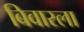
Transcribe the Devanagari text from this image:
बिवारला